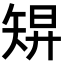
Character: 𥏓